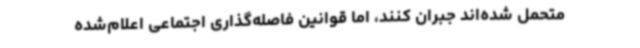
متحمل شده‌اند جبران کنند، اما قوانین فاصله‌گذاری اجتماعی اعلام‌شده